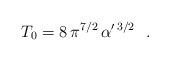
LaTeX: \begin{align*}T_0= 8\,\pi^{7/2}\,\alpha'^{\,3/2}~~.\end{align*}